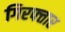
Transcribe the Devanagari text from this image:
गिरफ्त्तार